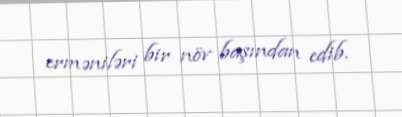
erməniləri bir növ başından edib.